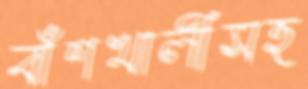
বাঁশখালীসহ